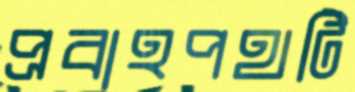
প্রবাহপথটি